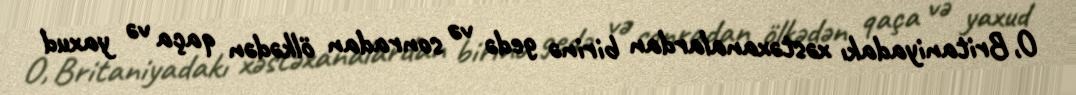
O, Britaniyadakı xəstəxanalardan birinə gedə və sonradan ölkədən qaça və yaxud